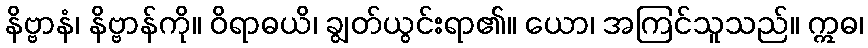
နိဗ္ဗာနံ၊ နိဗ္ဗာန်ကို။ ဝိရာဓယိ၊ ချွတ်ယွင်းရာ၏။ ယော၊ အကြင်သူသည်။ ဣဓ၊